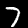
Label: 7